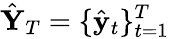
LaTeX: \hat{\mathbf{Y}}_{T}=\{ \hat{\mathbf{y}}_{t}\} _{t=1}^{T}